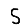
Digit: 5